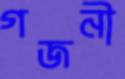
গজনী